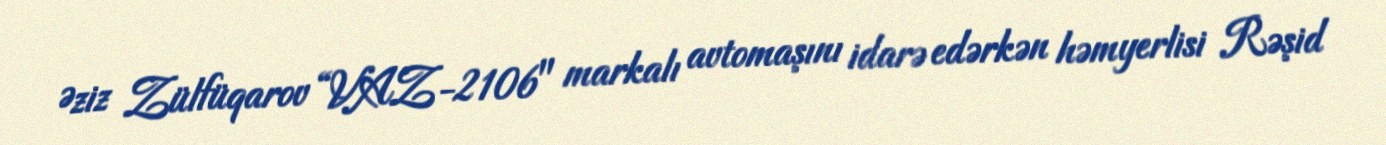
Əziz Zülfüqarov “VAZ-2106" markalı avtomaşını idarə edərkən həmyerlisi Rəşid